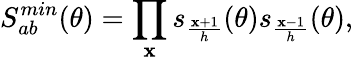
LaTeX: S_{ab}^{min}(\theta)=\prod_{\mathbf{x}}s_{\frac{{\mathbf{x}+1}}{{h}}}(\theta)s_{\frac{{\mathbf{x}-1}}{{h}}}(\theta),